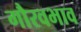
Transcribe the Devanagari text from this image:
गौरवभाव